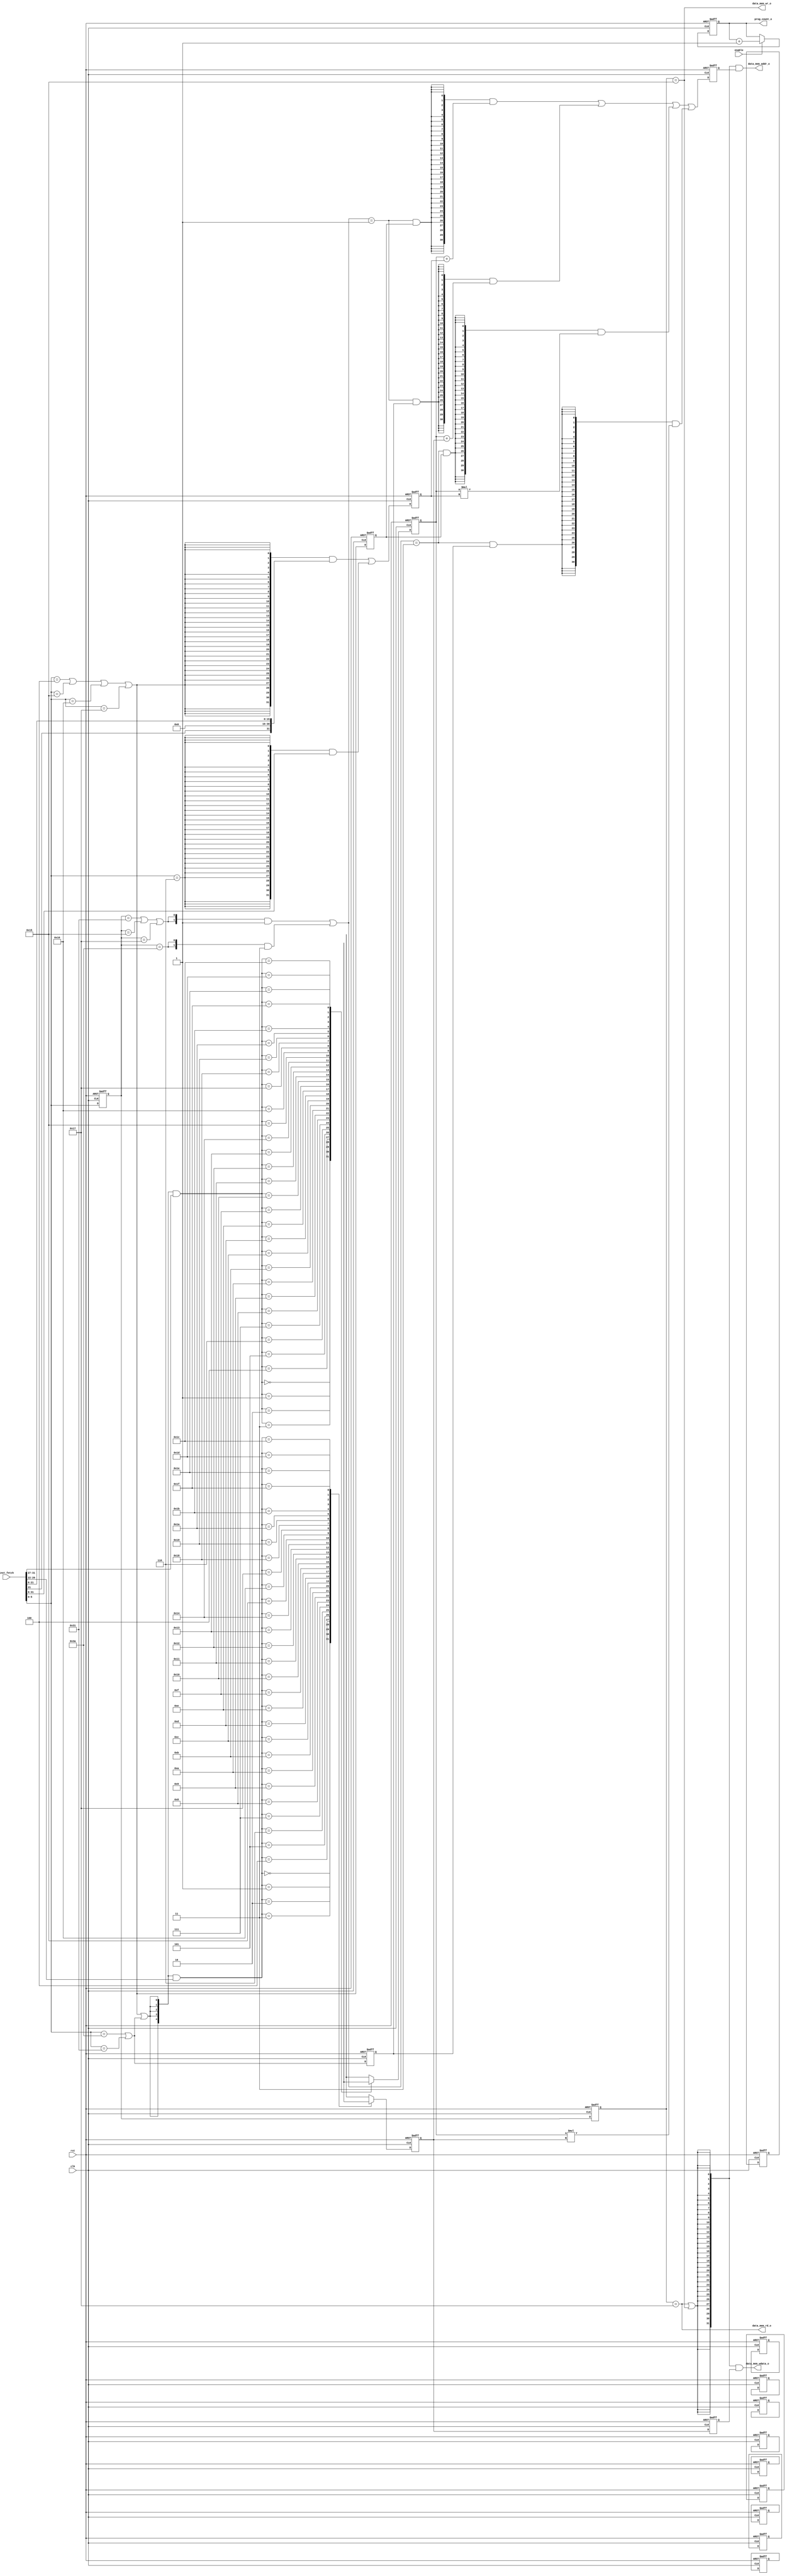
// ||Shree Ganeshay Namh:||
// || Shree Swaminarayanay Namh:||
module nios_2 (
input clk,
input rst,
input enable,  // Enables Nios2
input  [31:0] inst_fetch,
output wire [7:0] prog_count_o,
output wire        data_mem_wr_o,    // Data memory Write Operation
output wire        data_mem_rd_o,    // Data memory Read Operation
output wire [31:0] data_mem_addr_o,  // Data memory Address
output wire [31:0] data_mem_wdata_o  // Write Data
);

wire  [7:0] prog_count_c;
wire  [5:0] opcode_c;  // Opcode extraction from memory Fetch
wire [31:0] immi_val_c;  // Sign extended immidiate value
wire  [4:0] rega_addr_c; // Address of Register A
wire  [4:0] regb_addr_c; // Address of Register B
wire  [4:0] regc_addr_c; // Address of Register C
wire [31:0] alu_op_c;  // ALU Operation Output
wire  [1:0] alu_opr_c; // ALU Operation 00 -- No Operation
                       //               01 -- Addition
                       //               10 -- Substraction
                       //               11 -- Multiplication
wire        mem_op_c;       // Data Memory Operation

reg [31:0] reg_mem [31:0];
reg  [7:0] prog_count;
reg  [5:0] opcode_ex;   // Opcode for Execution Stage
reg  [5:0] opcode_mem;  // Opcode for Memory Stage
reg [31:0] immi_val;    // Immidiate value for Execution stage
reg [31:0] regA;        // Register to be used in Execution Stage
reg [31:0] regB;        // Register to be used in Execution Stage
reg [31:0] regC;        // Register to be used in Execution Stage
reg [31:0] regA_mem;    // Register to be used in Memory Stage
reg [31:0] regB_mem;    // Register to be used in Memory Stage
reg [31:0] regC_mem;    // Register to be used in Memory Stage
reg [31:0] alu_op;      // ALU Output Registed version
reg        i_type;      // I-Type instruction flag is used for Execution stage
reg        j_type;      // J-Type instruction flag is used for Execution stage
reg        r_type;      // R-Type instruction flag is used for Execution stage
//-------------------------------------------
// Instruction Fetch
//-------------------------------------------

assign prog_count_o = prog_count;

assign prog_count_c = (enable) ? (prog_count + 8'h01) : prog_count;


assign opcode_c = inst_fetch[5:0];

assign i_type_c = ( (opcode_c == 6'h04) |
                    (opcode_c == 6'h15) |
                    (opcode_c == 6'h16) |
                    (opcode_c == 6'h17));
 
assign j_type_c = (opcode_c == 6'h06);

assign r_type_c = ( (opcode_c == 6'h3a) |
                    (opcode_c == 6'h31));

//-------------------------------------------
// Instruction Decode/ Register Fetch
//-------------------------------------------
assign rega_addr_c = {5{(i_type_c | r_type_c)}} & inst_fetch[31:27];

assign regb_addr_c = {5{(i_type_c | r_type_c)}} & inst_fetch[26:22];

assign regc_addr_c = {5{r_type_c}} & inst_fetch[21:17];

assign immi_val_c = {32{i_type_c}} & {inst_fetch[21],15'h00, inst_fetch[21:6]} |
                    {32{j_type_c}} & {5'h00,inst_fetch[31:6]};

assign alu_opr_c = {2{((opcode_ex == 6'h31) | 
                       (opcode_ex == 6'h15) | 
                       (opcode_ex == 6'h17))}} & 2'b01 |
                   {2{(opcode_ex == 6'h3A)}} & 2'b11;

//-------------------------------------------
// ALU Operation
//-------------------------------------------

assign alu_op_c = {31{(alu_opr_c == 2'b01) & i_type}} & (regA + immi_val) |
                  {31{(alu_opr_c == 2'b01) & r_type}} & (regA + regB)     |
                  {31{(alu_opr_c == 2'b11) & i_type}} & (regA * immi_val) |
                  {31{(alu_opr_c == 2'b11) & r_type}} & (regA * regB);

//-------------------------------------------
// Memory Stage
//-------------------------------------------

assign mem_op_c         = (data_mem_rd_o | data_mem_wr_o);
assign data_mem_rd_o    = (opcode_mem == 6'h17);
assign data_mem_wr_o    = (opcode_mem == 6'h15);
assign data_mem_addr_o  = {32{mem_op_c}} & alu_op;
assign data_mem_wdata_o = {32{mem_op_c}} & regB_mem;


always @ (posedge clk or negedge rst)
begin
  if(!rst) 
  begin
    reg_mem[0]    <= #1 'h00;
    reg_mem[1]    <= #1 'h00;
    reg_mem[2]    <= #1 'h02;
    reg_mem[3]    <= #1 'h00;
    reg_mem[4]    <= #1 'h00;
    reg_mem[5]    <= #1 'h08;
    reg_mem[6]    <= #1 'h07;
    reg_mem[7]    <= #1 'h06;
    reg_mem[8]    <= #1 'h05;
    reg_mem[9]    <= #1 'h00;
    prog_count    <= #1 8'h00;
    immi_val      <= #1 32'h00;
    regA          <= #1 32'h00;
    regB          <= #1 32'h00;
    regC          <= #1 32'h00;
    regA_mem      <= #1 32'h00;
    regB_mem      <= #1 32'h00;
    regC_mem      <= #1 32'h00;
    opcode_ex     <= #1 'h00;
    opcode_mem    <= #1 'h00;
    i_type        <= #1 'b0;
    j_type        <= #1 'b0;
    r_type        <= #1 'b0;
    alu_op        <= #1 32'h0000;
  end
  else
  begin
     regA       <= #1 reg_mem[rega_addr_c];
     regB       <= #1 reg_mem[regb_addr_c];
     regC       <= #1 reg_mem[regc_addr_c];
     regA_mem   <= #1 regA;
     regB_mem   <= #1 regB;
     regC_mem   <= #1 regC;
     prog_count <= #1 prog_count_c;
     immi_val   <= #1 immi_val_c;
     opcode_ex  <= #1 opcode_c;
     opcode_mem <= #1 opcode_ex;
     i_type     <= #1 i_type_c;
     j_type     <= #1 j_type_c;
     r_type     <= #1 r_type_c;
     alu_op     <= #1 alu_op_c;
  end
end

endmodule